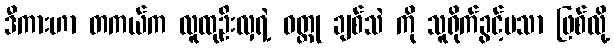
ဒီကားဟာ တကယ်က လူထုဦးလှရဲ့ ဝတ္ထု ချစ်သဲ ကို သူရိုက်ခွင့်မသာ ဖြစ်လို့